Indian journal of veterinary science and animal husbandry - Volumes 24-25, 1954-1955
Year: 1954
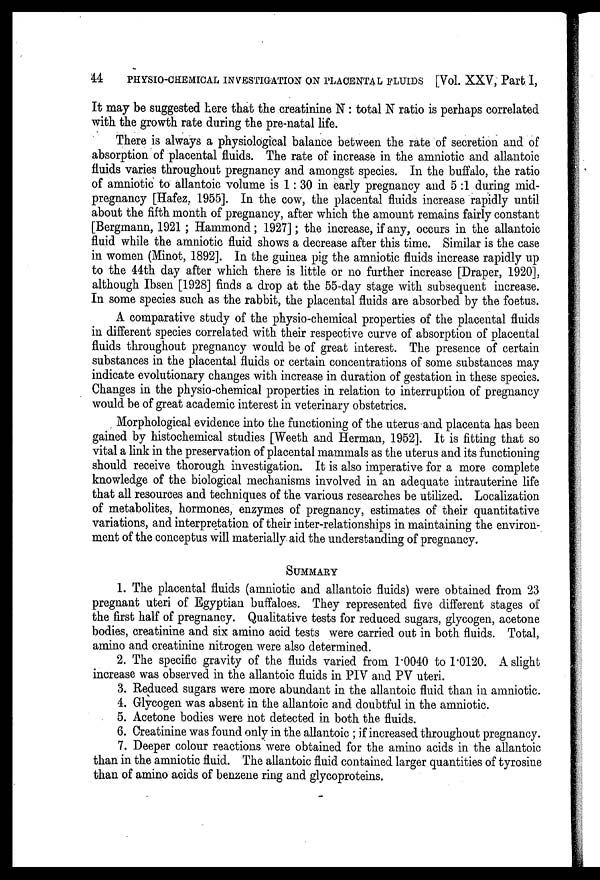
44
PHYSIO-CHEMICAL INVESTIGATION ON PLACENTAL FLUIDS [Vol. XXV, Part 1,
It may be suggested here that the creatinine N : total N ratio is perhaps correlated
with the growth rate during the pre-natal life.
There is always a physiological balance between the rate of secretion and of
absorption of placental fluids. The rate of increase in the amniotic and allantoic
fluids varies throughout pregnancy and amongst species. In the buffalo, the ratio
of amniotic to allantoic volume is 1 : 30 in early pregnancy and 5 :1 during mid-
pregnancy [Hafez, 1955]. In the cow, the placental fluids increase rapidly until
about the fifth month of pregnancy, after which the amount remains fairly constant
[Bergmann, 1921 ; Hammond ; 1927] ; the increase, if any, occurs in the allantoic
fluid while the amniotic fluid shows a decrease after this time. Similar is the case
in women (Minot, 1892]. In the guinea pig the amniotic fluids increase rapidly up
to the 44th day after which there is little or no further increase [Draper, 1920],
although Ibsen [1928] finds a drop at the 55-day stage with subsequent increase.
In some species such as the rabbit, the placental fluids are absorbed by the foetus.
A comparative study of the physio-chemical properties of the placental fluids
in different species correlated with their respective curve of absorption of placental
fluids throughout pregnancy would be of great interest. The presence of certain
substances in the placental fluids or certain concentrations of some substances may
indicate evolutionary changes with increase in duration of gestation in these species.
Changes in the physio-chemical properties in relation to interruption of pregnancy
would be of great academic interest in veterinary obstetrics.
Morphological evidence into the functioning of the uterus and placenta has been
gained by histochemical studies [Weeth and Herman, 1952]. It is fitting that so
vital a link in the preservation of placental mammals as the uterus and its functioning
should receive thorough investigation. It is also imperative for a more complete
knowledge of the biological mechanisms involved in an adequate intrauterine life
that all resources and techniques of the various researches be utilized. Localization
of metabolites, hormones, enzymes of pregnancy, estimates of their quantitative
variations, and interpretation of their inter-relationships in maintaining the environ-
ment of the conceptus will materially aid the understanding of pregnancy.
SUMMARY
1. The placental fluids (amniotic and allantoic fluids) were obtained from 23
pregnant uteri of Egyptian buffaloes. They represented five different stages of
the first half of pregnancy. Qualitative tests for reduced sugars, glycogen, acetone
bodies, creatinine and six amino acid tests were carried out in both fluids. Total,
amino and creatinine nitrogen were also determined.
2. The specific gravity of the fluids varied from 1.0040 to 1.0120. A slight
increase was observed in the allantoic fluids in PIV and PV uteri.
3. Reduced sugars were more abundant in the allantoic fluid than in amniotic.
4. Glycogen was absent in the allantoic and doubtful in the amniotic.
5. Acetone bodies were not detected in both the fluids.
6. Creatinine was found only in the allantoic ; if increased throughout pregnancy.
7. Deeper colour reactions were obtained for the amino acids in the allantoic
than in the amniotic fluid. The allantoic fluid contained larger quantities of tyrosine
than of amino acids of benzene ring and glycoproteins.